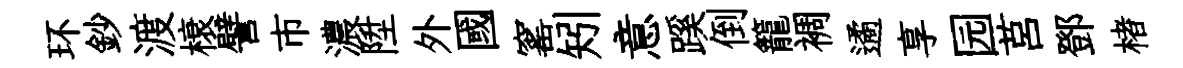
环鈔渡榱譬市濃陞外國窰矧意蹊倒籠裯遹享园莒鄧楮